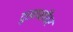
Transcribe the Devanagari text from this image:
दुखापतींवर